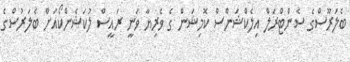
ބެލަރޫސްގެ ސެންޓްރަލް އިލެކްޝަންސް ކޮމިޝަން ގެ ވެރިޔާ ވަނީ ރައީސް ލުކަޝެންކޯއަށް ބެލަރުސްގެ